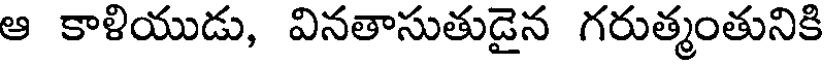
ఆ కాళియుడు, వినతాసుతుడైన గరుత్మంతునికి